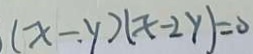
( x - y ) ( x - 2 y ) = 0